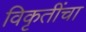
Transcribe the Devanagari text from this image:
विकृतींचा